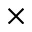
\times